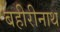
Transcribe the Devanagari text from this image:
बहीरीनाथ